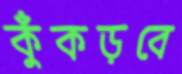
কুঁকড়বে